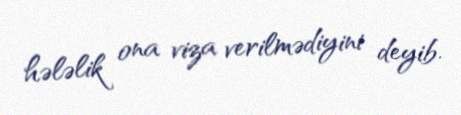
hələlik ona viza verilmədiyini deyib.